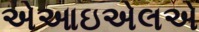
એઆઇએલએ